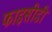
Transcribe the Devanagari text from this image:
फाइसीडी